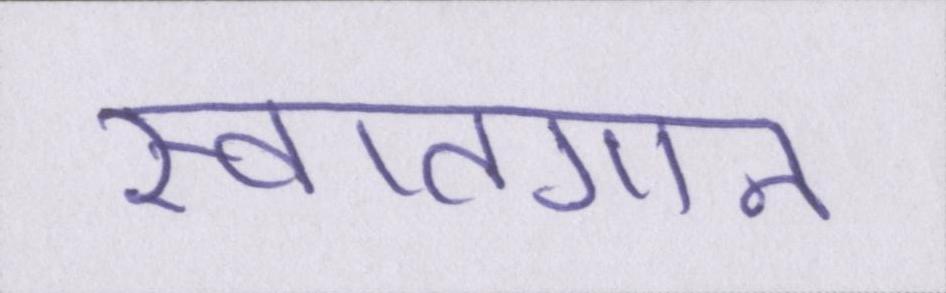
स्वातगान